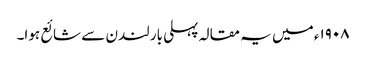
١٩٠٨ء میں یہ مقالہ پہلی بار لندن سے شائع ہوا۔